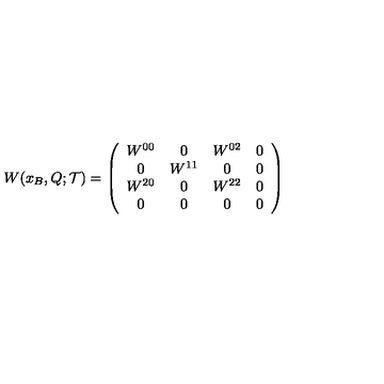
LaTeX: W ( x _ { B } , Q ; { \mathcal T } ) = \left( \begin{array} { c c c c } { W ^ { 0 0 } } & { 0 } & { W ^ { 0 2 } } & { 0 } \\ { 0 } & { W ^ { 1 1 } } & { 0 } & { 0 } \\ { W ^ { 2 0 } } & { 0 } & { W ^ { 2 2 } } & { 0 } \\ { 0 } & { 0 } & { 0 } & { 0 } \\ \end{array} \right)